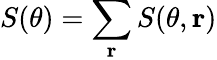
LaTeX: S(\theta)=\sum_{\mathbf r}S(\theta,{\mathbf r})